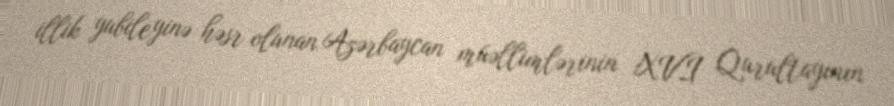
illik yubileyinə həsr olunan Azərbaycan müəllimlərinin XVI Qurultayının